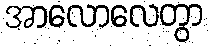
အာလောလေတွာ